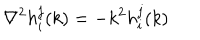
LaTeX: \nabla ^ { 2 } h _ { i } ^ { j } ( k ) = - k ^ { 2 } h _ { i } ^ { j } ( k )